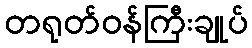
တရုတ်ဝန်ကြီးချုပ်